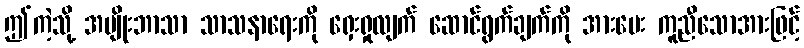
ဤကဲ့သို့ အမျိုးဘာသာ သာသနာရေးကို ရှေးရှုလျက် ဆောင်ရွက်ချက်ကို အားပေး ကူညီသောအားဖြင့်